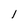
Character: l